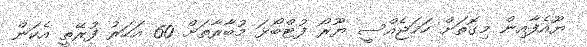
ޔޫއެފާއިން މިގޮތަށް ހަމަޖެއްސީ ޔޫރޯ ފުޓްބޯޅަ މުބާރާތަށް 60 އަހަރު ފުރޭތީ އެކަން